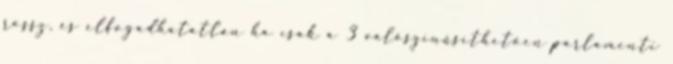
rossz, és elfogadhatatlan ha csak a 3 valószínűsíthetően parlamenti